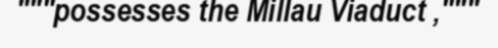
"""possesses the Millau Viaduct ,"""